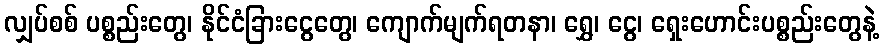
လျှပ်စစ် ပစ္စည်းတွေ၊ နိုင်ငံခြားငွေတွေ၊ ကျောက်မျက်ရတနာ၊ ရွှေ၊ ငွေ၊ ရှေးဟောင်းပစ္စည်းတွေနဲ့